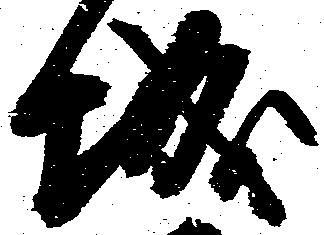
城